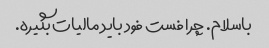
باسلام. چرا فست فود باید مالیات بگیره.